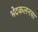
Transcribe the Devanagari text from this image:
भेदकलनया